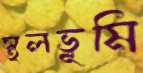
স্থলভূমি